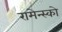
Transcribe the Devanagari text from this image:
रामेन्स्को